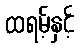
ထရမ့်နှင့်